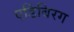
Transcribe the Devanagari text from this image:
एडिंबिरग